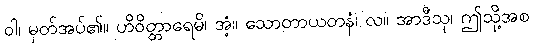
ဝါ၊ မှတ်အပ်၏။ ဟိဝိတ္တာရေမိ၊ အံ့။ သောတာယတနံ၊ လ။ အာဒီသု၊ ဤသို့အစ